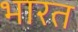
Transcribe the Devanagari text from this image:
भारत